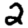
Digit: 2